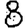
Digit: 8